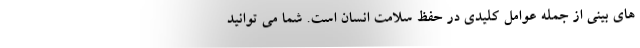
های بینی از جمله عوامل کلیدی در حفظ سلامت انسان است. شما می توانید